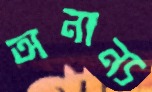
অনান্য